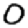
Digit: 0